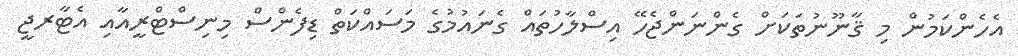
އެހެންކަމުން މި ޤާނޫނުތަކަށް ގެންނަންޖެހޭ އިސްލާހުތައް ގެނައުމުގެ މަސައްކަތް ޑިފެންސް މިނިސްޓްރީއާއި އެޓާރޖީ